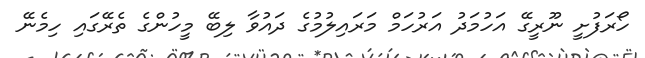
ހޯރަފުށީ ނޫރީގޭ އަހުމަދު އަރުހަމް މަރައިލުމުގެ ދައުވާ ލިބޭ މީހުންގެ ތެރޭގައި ހިމެނޭ